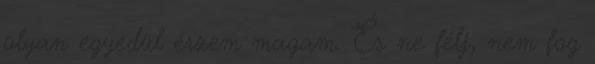
olyan egyedül érzem magam. És ne félj, nem fog